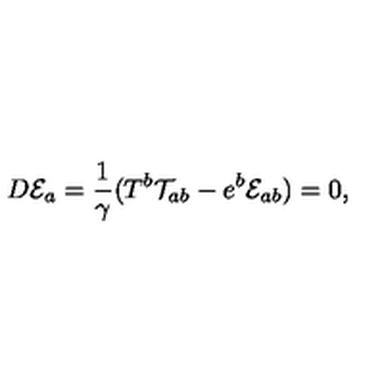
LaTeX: D { \cal E } _ { a } = \frac { 1 } { \gamma } ( T ^ { b } { \cal T } _ { a b } - e ^ { b } { \cal E } _ { a b } ) = 0 ,